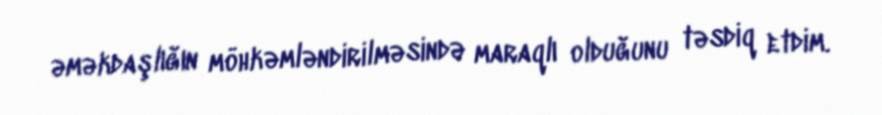
əməkdaşlığın möhkəmləndirilməsində maraqlı olduğunu təsdiq etdim.